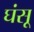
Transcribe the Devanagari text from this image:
घंसू